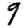
Digit: 9